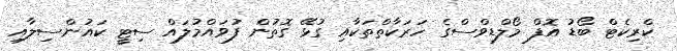
ކްރިކެޓް ބޯޑު އޮފް މޯލްޑިވްސްގެ ހަރަކާތްތަކާއި ގުޅޭ ގޮތުން ފުވައްމުލައް ސިޓީ ކައުންސިލާއި